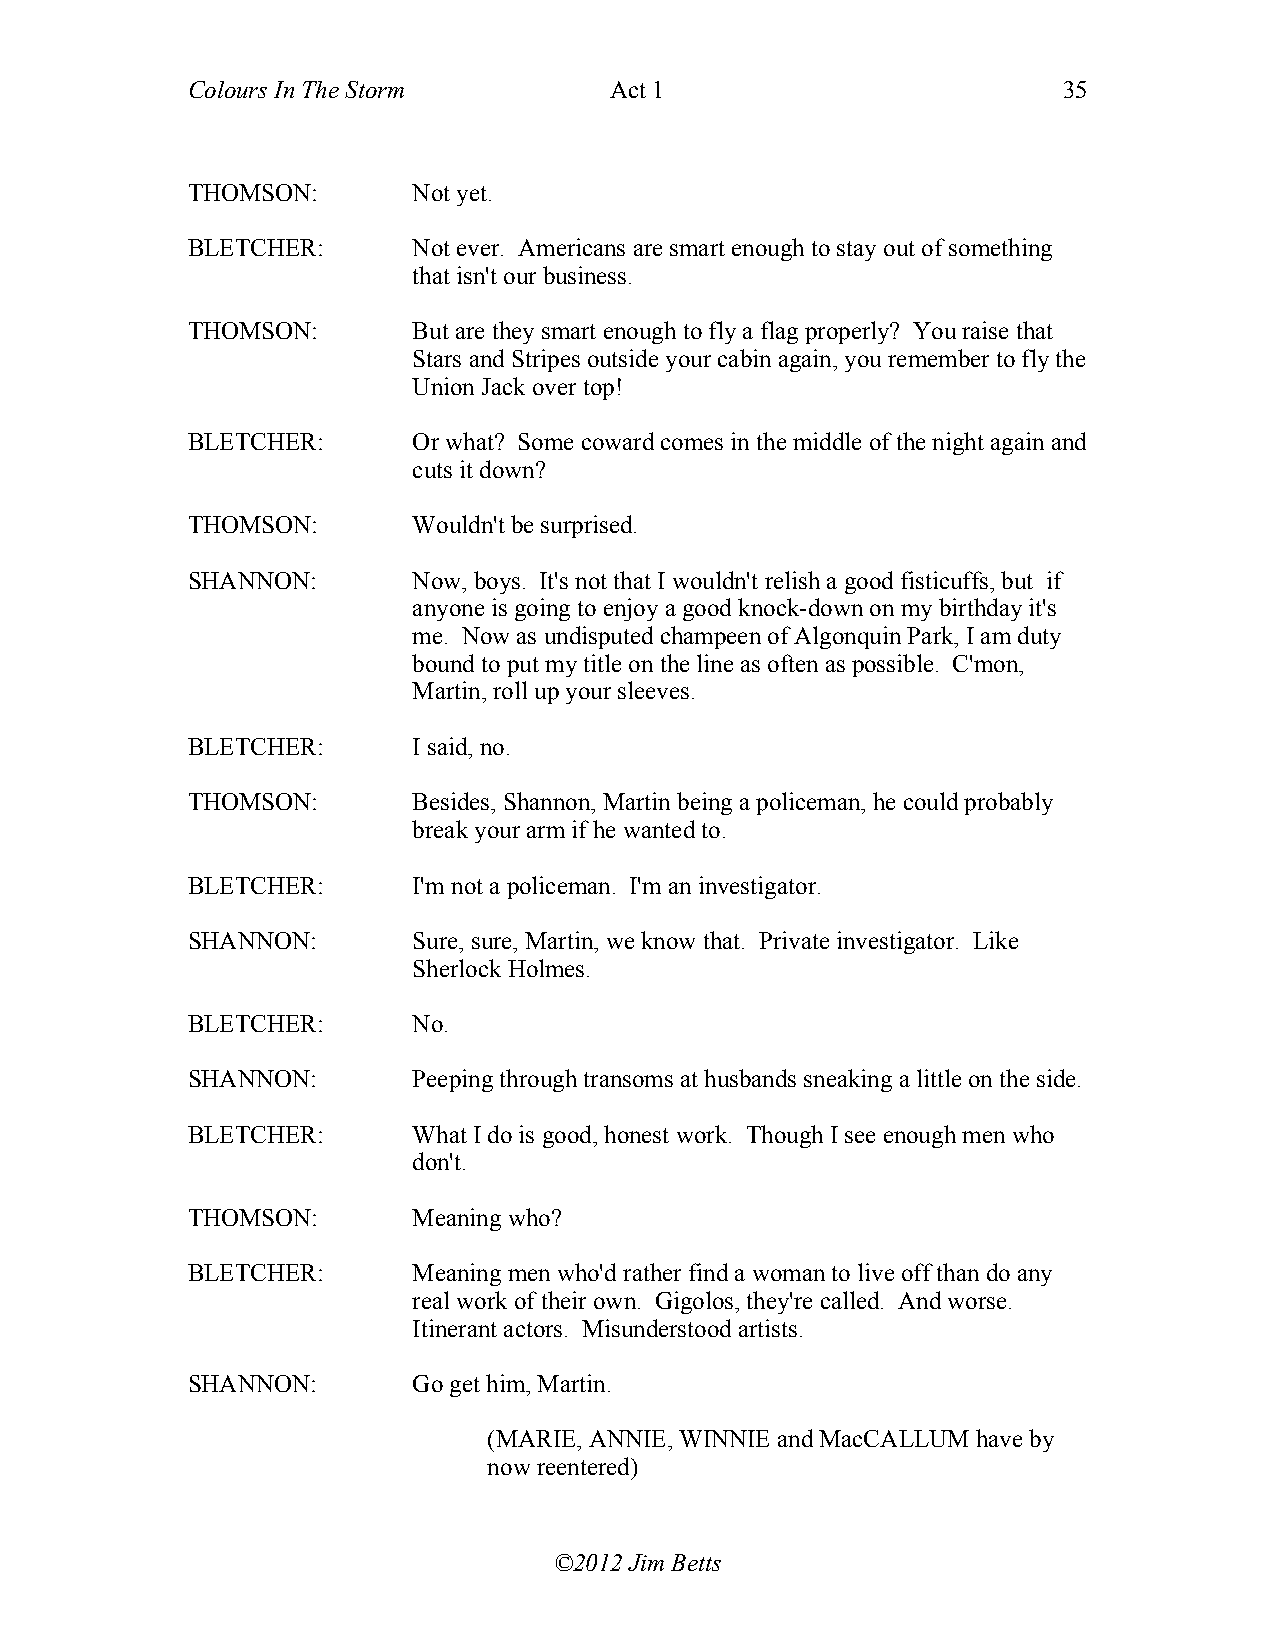
Colours In The Storm        Act 1                         35
 THOMSON:       Not yet.
 BLETCHER:      Not ever. Americans are smart enough to stay out of something
 that isn't our business.
 THOMSON:       But are they smart enough to fly a flag properly? You raise that
 Stars and Stripes outside your cabin again, you remember to fly the
 Union Jack over top!
 BLETCHER:      Or what? Some coward comes in the middle of the night again and
 cuts it down?
 THOMSON:       Wouldn't be surprised.
 SHANNON:       Now, boys. It's not that I wouldn't relish a good fisticuffs, but if
 anyone is going to enjoy a good knock-down on my birthday it's
 me. Now as undisputed champeen of Algonquin Park, I am duty
 bound to put my title on the line as often as possible. C'mon,
 Martin, roll up your sleeves.
 BLETCHER:      I said, no.
 THOMSON:       Besides, Shannon, Martin being a policeman, he could probably
 break your arm if he wanted to.
 BLETCHER:      I'm not a policeman. I'm an investigator.
 SHANNON:       Sure, sure, Martin, we know that. Private investigator. Like
 Sherlock Holmes.
 BLETCHER:      No.
 SHANNON:       Peeping through transoms at husbands sneaking a little on the side.
 BLETCHER:      What I do is good, honest work. Though I see enough men who
 don't.
 THOMSON:       Meaning who?
 BLETCHER:      Meaning men who'd rather find a woman to live off than do any
 real work of their own. Gigolos, they're called. And worse.
 Itinerant actors. Misunderstood artists.
 SHANNON:       Go get him, Martin.
 (MARIE, ANNIE, WINNIE and MacCALLUM have by
 now reentered)
 ©2012 Jim Betts